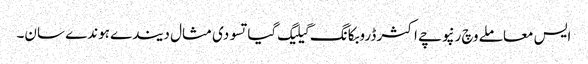
ایس معاملے وچ رنپوچے اکثر ڈروبکانگ گیلیگ گیاتسو دی مثال دیندے ہوندے سان۔